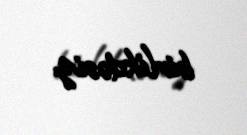
birlikdəsiz.